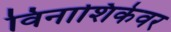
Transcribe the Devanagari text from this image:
विनाशिकेवर